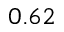
0 . 6 2